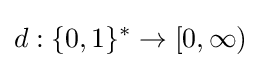
d:\{0,1\}^{*}\to [0,\infty )